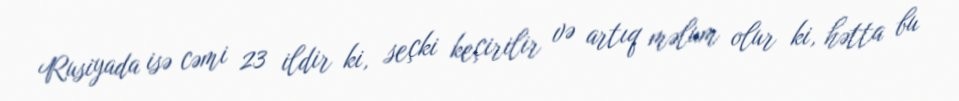
Rusiyada isə cəmi 23 ildir ki, seçki keçirilir və artıq məlum olur ki, hətta bu